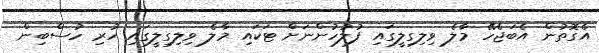
އެގޮތުން އެބަޖެހޭ މާލެ ވިލިގިލީގައި ފުލުހުންނަށް ޓަކައި މާލެ ވިލިގިލީގައި ހުރި ހުސްބިން